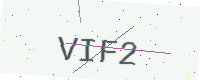
Text: VIF2